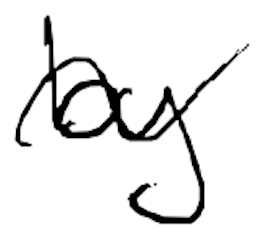
Text: by
Cross-out: wave
Writing tool: digital_black